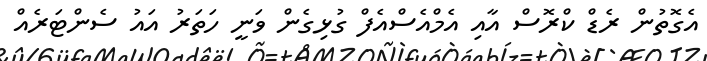
އެގޮތުން ރެޑް ކްރޮސް އާއި އެމްއެސްއެފް ގުޅިގެން ވަނީ ހަތަރު އައު ސެންޓަރެއް